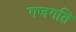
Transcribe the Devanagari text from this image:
गजगति